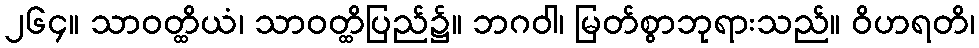
၂၆၄။ သာဝတ္ထိယံ၊ သာဝတ္ထိပြည်၌။ ဘဂဝါ၊ မြတ်စွာဘုရားသည်။ ဝိဟရတိ၊